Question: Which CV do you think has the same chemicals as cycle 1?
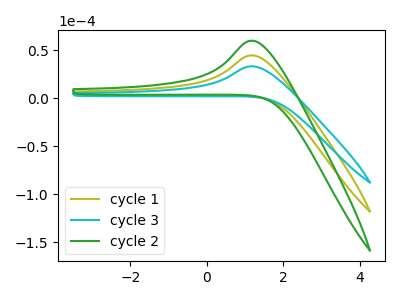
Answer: <think>The olive curve "cycle 1" has an anodic peak at: (1.20V, 44.50uA). The cyan curve "cycle 3" has an anodic peak at: (1.20V, 33.15uA). The green curve "cycle 2" has an anodic peak at: (1.20V, 89.00uA).
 All the peaks in "cycle 1" have a peak in "cycle 3" at the same potential. Every peak in "cycle 1" is higher than every peak in "cycle 3". All the peaks in "cycle 1" have a peak in "cycle 2" at the same potential. Every peak in "cycle 1" is lower than every peak in "cycle 2". All the peaks in "cycle 3" have a peak in "cycle 2" at the same potential. Every peak in "cycle 3" is lower than every peak in "cycle 2".</think>
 <answer>"cycle 1" and "cycle 2" have a similar shape to "cycle 3".</answer>
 <eval>"cycle 1" "cycle 2"</eval>